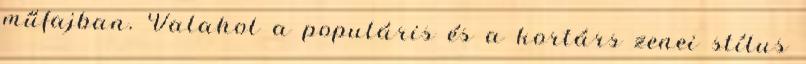
műfajban. Valahol a populáris és a kortárs zenei stílus